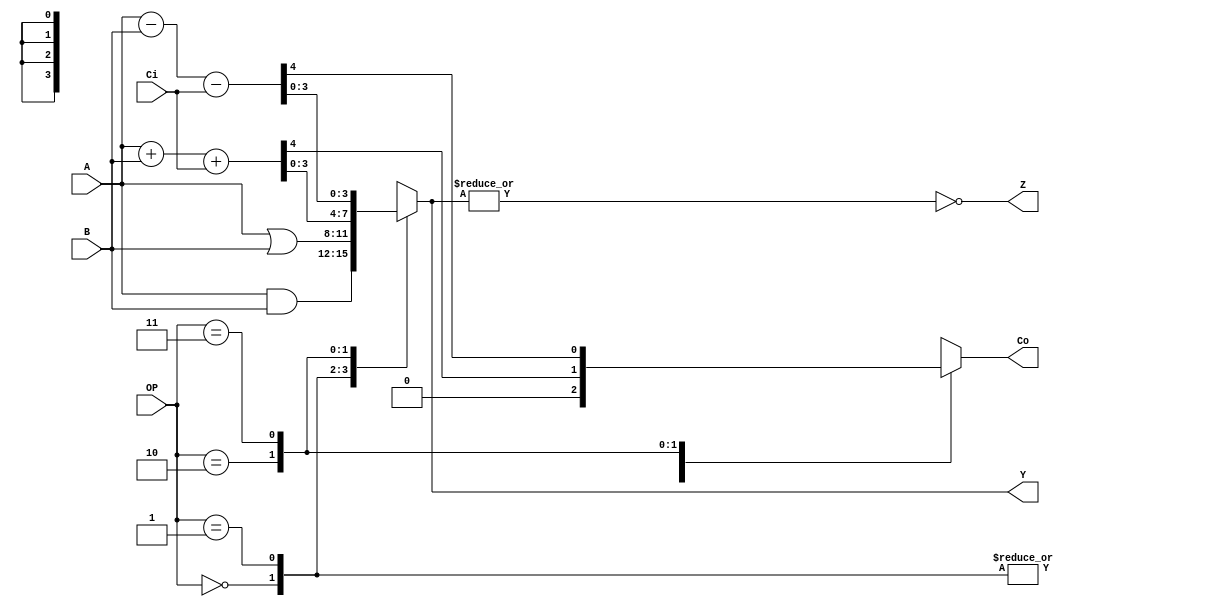
module alu #(
  parameter W = 4
)
(
  input [W-1:0]       A,
  input [W-1:0]       B,
  input [1:0]         OP,
  input               Ci,
  output reg [W-1:0]  Y, //zamiast: output [W-1:0] Y; reg [W-1:0] Y;
  output reg          Co,
  output              Z
);

//always @(*) //* oznacza wszystkie wejscia
always @(A or B or Ci or OP)
begin
  case(OP)
    2'b00:
			begin
      	Y = A & B; Co = 1'b0;
    	end
    2'b01:
			begin
      	Y = A | B; Co = 1'b0;
    	end
    2'b10: {Co,Y} = A + B + Ci;
    2'b11: {Co,Y} = A - B - Ci;		
  endcase	
end

assign Z = ~|Y;	

endmodule

//zadania:
//1 symulacja behawioralna
//2 implementacja

//Co to jest Z? Rola Co w operacjach logicznych?